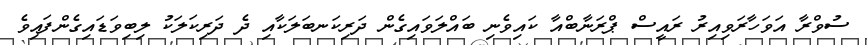
ސުވްރާ އަވަހާރަވިއިރު ރައީސް ޕްރަނާބްއާ ކައިވެނި ބައްލަވައިގެން ދަރިކަނބަލަކާއި ދެ ދަރިކަލަކު ލިބިވަޑައިގެންފައިވެ